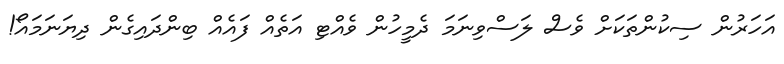
އަހަރުން ސިކުންތަކަށް ވެސް ލަސްވިނަމަ ދެމީހުން ވެއްޓި އަތެއް ފައެއް ބިންދައިގެން ދިޔަނަމައޯ!